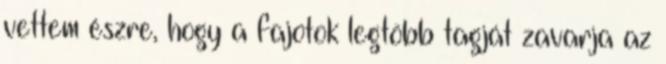
vettem észre, hogy a fajotok legtöbb tagját zavarja az